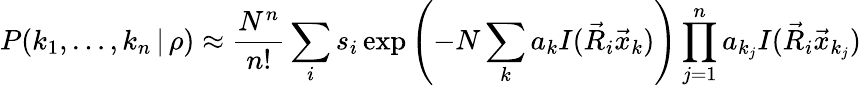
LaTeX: P(k_{1},\dots,k_{n}\, |\, \rho)\approx\frac{N^{n}}{n!}\sum_{i}s_{i}\exp\left(-N\sum_{k}a_{k}I(\vec{R}_{i}\vec{x}_{k})\right)\prod_{j=1}^{n}a_{k_{j}}I(\vec{R}_{i}\vec{x}_{k_{j}})